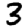
Digit: 3